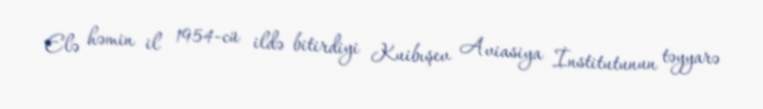
Elə həmin il 1954-cü ildə bitirdiyi Kuibışev Aviasiya İnstitutunun təyyarə